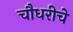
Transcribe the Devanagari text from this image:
चौधरीचे